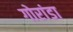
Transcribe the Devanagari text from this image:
गोरांडा